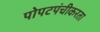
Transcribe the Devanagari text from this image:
पोपटपंचीकरता